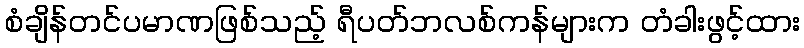
စံချိန်တင်ပမာဏဖြစ်သည့် ရီပတ်ဘလစ်ကန်များက တံခါးဖွင့်ထား